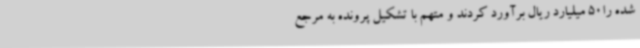
شده را50 میلیارد ریال برآورد کردند و متهم با تشکیل پرونده به مرجع